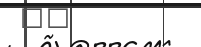
٣٤